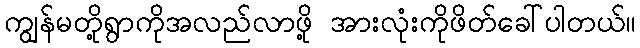
ကျွန်မတို့ရွာကိုအလည်လာဖို့ အားလုံးကိုဖိတ်ခေါ်ပါတယ်။